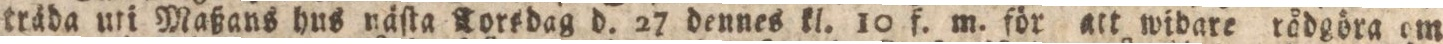
träda uti Maßans hus näſta Torsdag d. 27 dennes kl. 10 f. m. för att widare rådgöra om